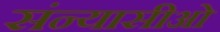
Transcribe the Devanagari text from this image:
संन्यासीओ